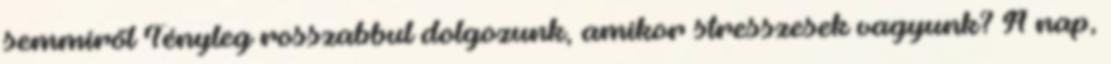
semmiről Tényleg rosszabbul dolgozunk, amikor stresszesek vagyunk? A nap,